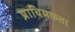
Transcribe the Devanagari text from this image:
प्राथिमकता